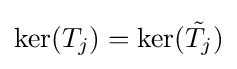
\ker(T_{j})=\ker({\tilde {T_{j}}})